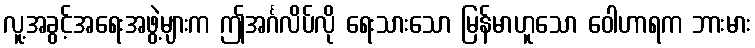
လူ့အခွင့်အရေးအဖွဲ့များက ဤအင်္ဂလိပ်လို ရေးသားသော မြန်မာဟူသော ဝေါဟာရက ဘားမား